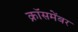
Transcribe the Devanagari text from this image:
क्रॉसमेंबर